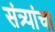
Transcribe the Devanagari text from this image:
संत्र्यांचा